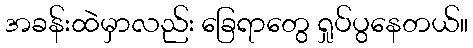
အခန်းထဲမှာလည်း ခြေရာတွေ ရှုပ်ပွနေတယ်။